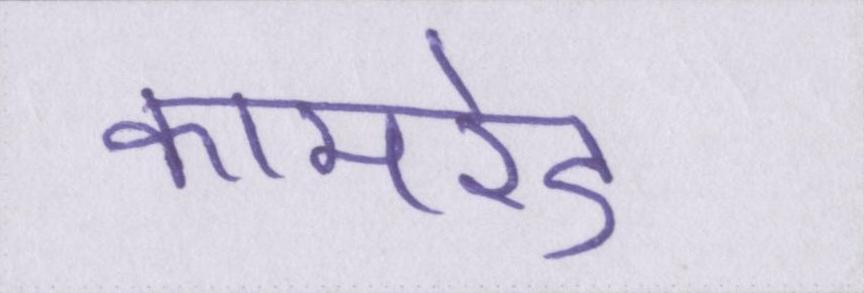
कामरेड